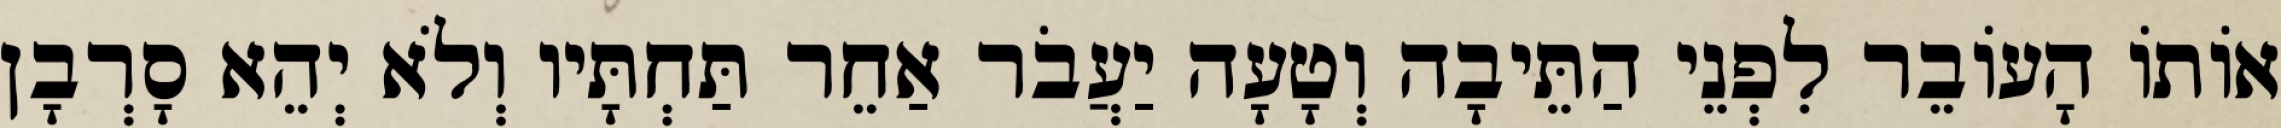
אוֹתוֹ הָעוֹבֵר לִפְנֵי הַתֵּיבָה וְטָעָה יַעֲבֹר אַחֵר תַּחְתָּיו וְלֹא יְהֵא סָרְבָן